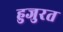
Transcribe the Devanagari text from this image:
हुजुरत